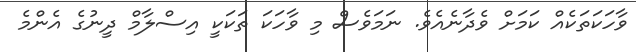
ވާހަކަތަކެއް ކަމަށް ވެދާނެއެވެ. ނަމަވެސް މި ވާހަކަ ތަކަކީ އިސްލާމް ދީނުގެ އެންމެ